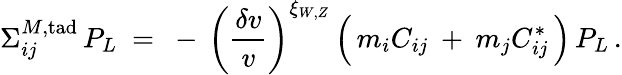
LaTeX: \Sigma_{ij}^{M,\mathrm{tad}}\, P_{L}\ =\ -\, \bigg(\frac{\delta v}{v}\bigg)^{\xi_{W,Z}}\, \Big(\, m_{i}C_{ij}\: +\: m_{j}C_{ij}^{*}\, \Big)\, P_{L}\, .